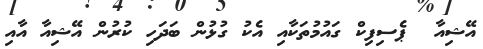
އޭޝިއާ  ޕެސިފިކް ގައުމުތަކާއި އެކު ގުޅުން ބަދަހި ކުރުން އޭޝިއާ އާއި